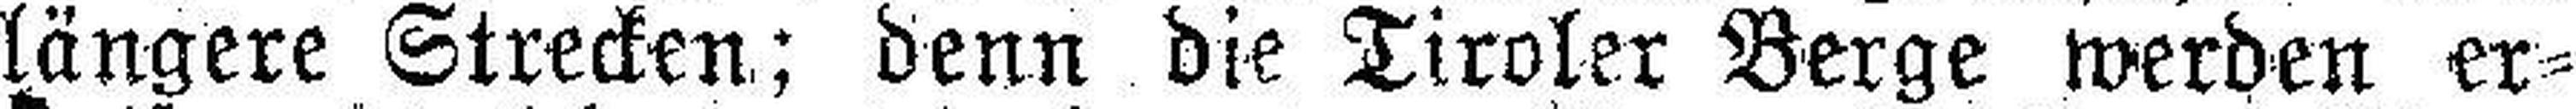
längere Strecken; denn die Tiroler Berge werden er¬